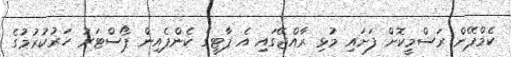
ކެމްޕޭން ރަސްމީކޮށް ފަށައި މުޅި ރާއްޖޭގައި އެ ޕާޓީގެ ކެންޕެއިން ޕޯސްޓަރު ހަރުކުރުމުގެ